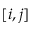
[ i , j ]